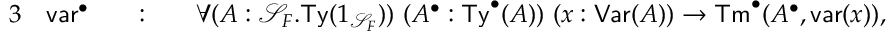
\begin{array} { r l r l r l } { { 3 } } & { \mathsf { v a r } ^ { \bullet } } & & { : } & & { \forall ( A : \mathcal { S } _ { F } . \mathsf { T y } ( 1 _ { \mathcal { S } _ { F } } ) ) \ ( A ^ { \bullet } : \mathsf { T y } ^ { \bullet } ( A ) ) \ ( x : \mathsf { V a r } ( A ) ) \to \mathsf { T m } ^ { \bullet } ( A ^ { \bullet } , \mathsf { v a r } ( x ) ) , } \end{array}